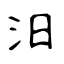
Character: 汨